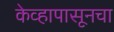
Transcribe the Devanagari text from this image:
केव्हापासूनचा